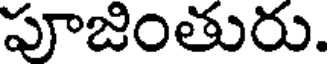
పూజింతురు.